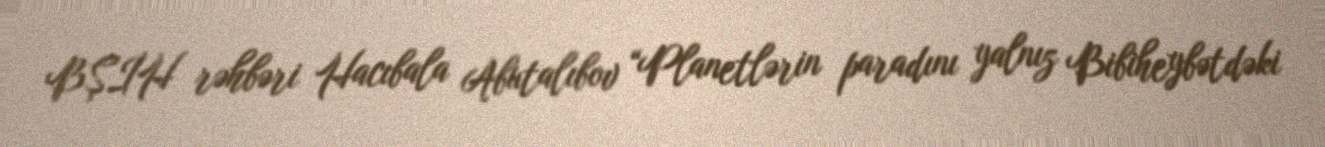
BŞİH rəhbəri Hacıbala Abutalıbov “Planetlərin paradını yalnız Bibiheybətdəki